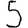
Digit: 5